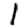
Digit: 1